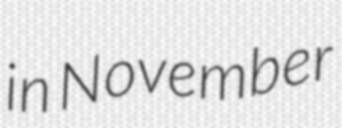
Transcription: in November